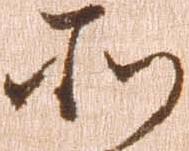
そ